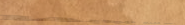
حلويات الشام تفتح أبوابها